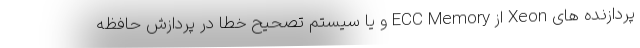
پردازنده های Xeon از ECC Memory و یا سیستم تصحیح خطا در پردازش حافظه